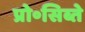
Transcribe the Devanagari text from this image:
प्रो॰सिब्ते